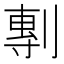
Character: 剸